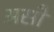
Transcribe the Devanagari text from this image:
असौ